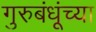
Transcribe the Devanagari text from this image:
गुरुबंधूंच्या